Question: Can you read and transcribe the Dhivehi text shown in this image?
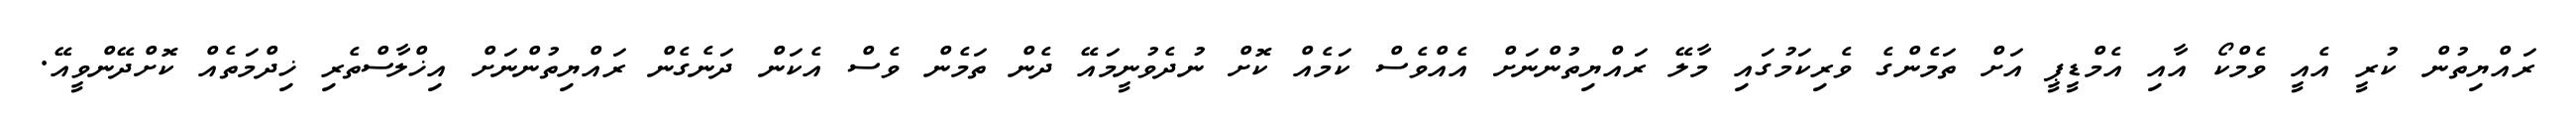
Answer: ރައްޔިތުން ކުރީ އެއީ ވެމްކޯ އާއި އެމްޑީޕީ އަށް ތަމެންގެ ވެރިކަމުގައި މާލޭ ރައްޔިތުންނަށް އެއްވެސް ކަމެއް ކޮށް ނުދެވުނީމައޭ ދެން ތަމެން ވެސް އެކަން ދަނެގެން ރައްޔިތުންނަށް އިޚްލާސްތެރި ޚިދްމަތެއް ކޮށްދޭންވީއޭ.